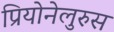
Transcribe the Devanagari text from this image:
प्रियोनेलुरुस